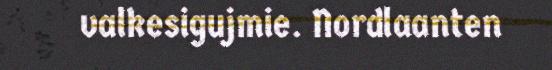
valkesigujmie. Nordlaanten